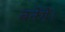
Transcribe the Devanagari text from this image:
बनेंगें।